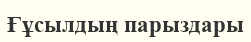
Ғұсылдың парыздары